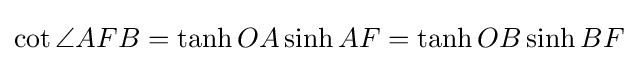
\cot \angle AFB=\tanh OA\sinh AF=\tanh OB\sinh BF